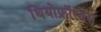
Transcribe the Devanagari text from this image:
थियोफ्रॉस्तस